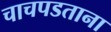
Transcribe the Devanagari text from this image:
चाचपडताना